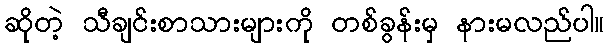
ဆိုတဲ့ သီချင်းစာသားများကို တစ်ခွန်းမှ နားမလည်ပါ။